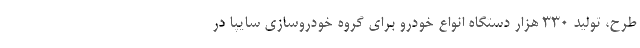
طرح، تولید 330 هزار دستگاه انواع خودرو برای گروه خودروسازی سایپا در